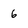
Character: 6